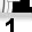
Digit: 1